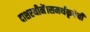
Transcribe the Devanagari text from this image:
दाशरथीनें।समर्थकृपेचीं